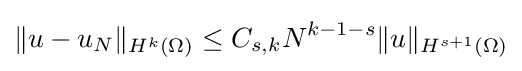
\|u-u_{N}\|_{H^{k}(\Omega )}\leq C_{s,k}N^{k-1-s}\|u\|_{H^{s+1}(\Omega )}